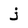
Character: j